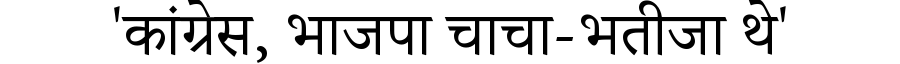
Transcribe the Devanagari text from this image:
'कांग्रेस, भाजपा चाचा-भतीजा थे'